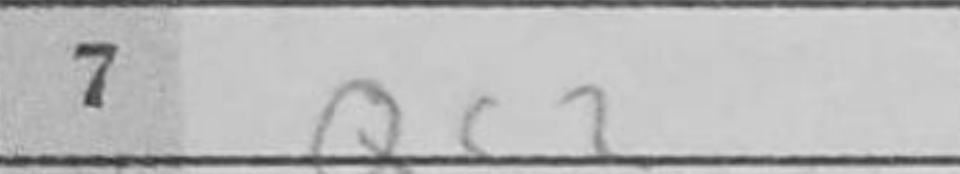
Transcription: Qc2